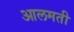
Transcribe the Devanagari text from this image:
आलमती